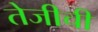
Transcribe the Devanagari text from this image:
तेजीची